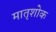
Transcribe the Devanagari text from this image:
मातृशोक